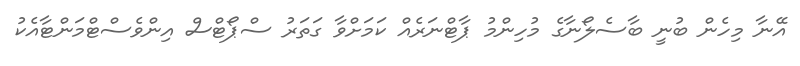
އޭނާ މިހެން ބުނީ ބާސެލޯނާގެ މުހިންމު ޕާޓްނަރެއް ކަމަށްވާ ގަތަރު ސްޕޯޓްސް އިންވެސްޓްމަންޓާއެކު